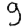
Digit: 9